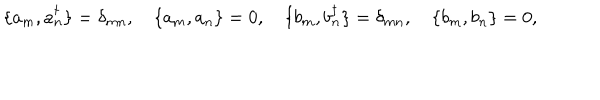
LaTeX: \{ a _ { m } , a _ { n } ^ { \dagger } \} = \delta _ { m n } , \quad \{ a _ { m } , a _ { n } \} = 0 , \quad \{ b _ { m } , b _ { n } ^ { \dagger } \} = \delta _ { m n } , \quad \{ b _ { m } , b _ { n } \} = 0 ,